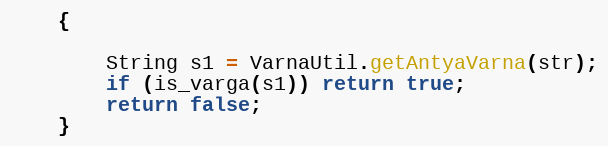
Language: Java
    {

        String s1 = VarnaUtil.getAntyaVarna(str);
        if (is_varga(s1)) return true;
        return false;
    }